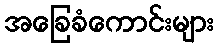
အခြေခံကောင်းများ